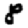
Digit: 8